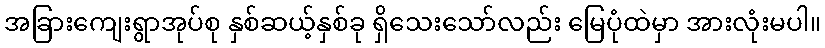
အခြားကျေးရွာအုပ်စု နှစ်ဆယ့်နှစ်ခု ရှိသေးသော်လည်း မြေပုံထဲမှာ အားလုံးမပါ။